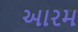
આરમ